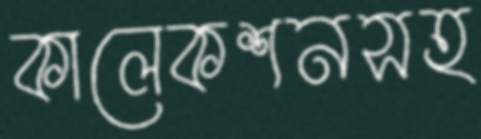
কালেকশনসহ